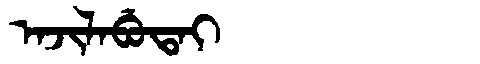
Manchu: ᠠᠵᡳᠯᠠᠪᡠᡨᠠᡳ
Romanization: AJILABUTAI